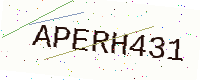
Text: APERH431